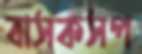
বাসকসপ